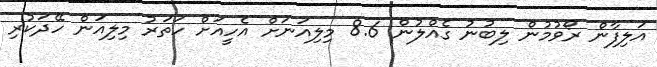
އަލިފާން ރޯވުމުން ލިބުނު ގެއްލުން 8.6 މިލިއަނަށް އެހީއަށް ހަތަރު މިލިއަން ހޭދަކުރި